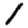
Digit: 1